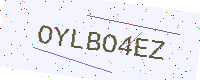
Text: OYLBO4EZ